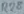
Text: R28